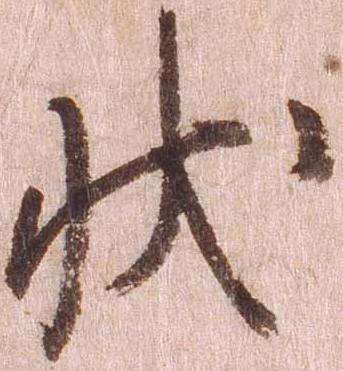
状